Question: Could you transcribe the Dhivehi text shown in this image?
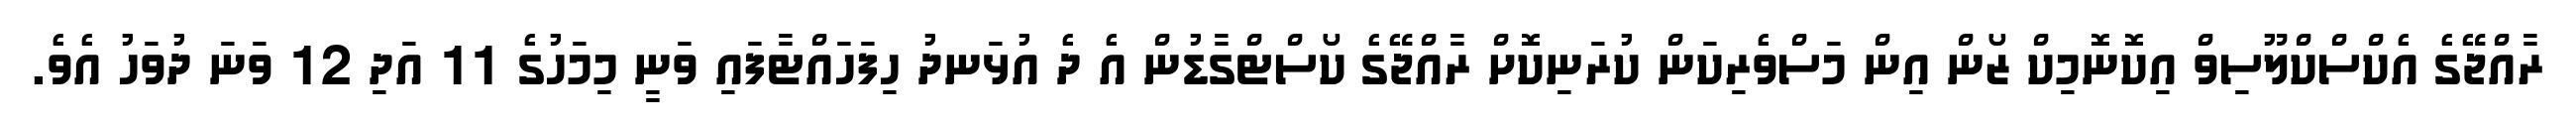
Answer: ރާއްޖޭގެ އެކްސްކްލޫސިވް އިކޮނޮމިކް ޒޯން އިން މަސްވެރިކަން ކުރަނިކޮށް ރާއްޖޭގެ ކޯސްޓްގާޑުން އެ ދެ އުޅަނދު ހިފަހައްޓާފައި ވަނީ މިމަހުގެ 11 އަދި 12 ވަނަ ދުވަހު އެވެ.